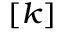
^ { [ k ] }